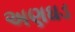
અણઘડ